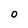
Character: O